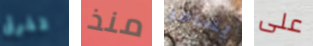
تفرق منذ يسافر على